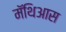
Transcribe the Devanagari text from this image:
मॅथिआस